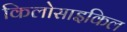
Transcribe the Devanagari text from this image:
किलोसाइकिल